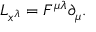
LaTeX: L _ { x ^ { \lambda } } = F ^ { \mu \lambda } \partial _ { \mu } .